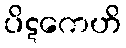
ပိဋကေဟိ